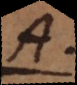
A.